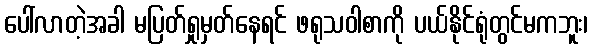
ပေါ်လာတဲ့အခါ မပြတ်ရှုမှတ်နေရင် ဖရုသဝါစာကို ပယ်နိုင်ရုံတွင်မကဘူး၊